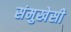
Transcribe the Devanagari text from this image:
संमुखेसी